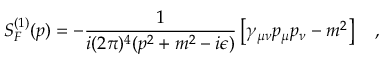
S _ { F } ^ { ( 1 ) } ( p ) = - \frac { 1 } { i ( 2 \pi ) ^ { 4 } ( p ^ { 2 } + m ^ { 2 } - i \epsilon ) } \left[ \gamma _ { \mu \nu } p _ { \mu } p _ { \nu } - m ^ { 2 } \right] \quad ,